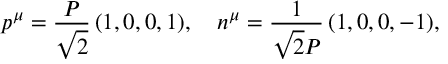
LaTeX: p ^ { \mu } = \frac { { \cal P } } { \sqrt { 2 } } \, ( 1 , 0 , 0 , 1 ) , \ \ \ n ^ { \mu } = \frac { 1 } { \sqrt { 2 } { \cal P } } \, ( 1 , 0 , 0 , - 1 ) ,